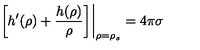
\left. \left[ h ^ { \prime } ( \rho ) + \frac { h ( \rho ) } { \rho } \right] \right| _ { \rho = \rho _ { s } } = 4 \pi \sigma